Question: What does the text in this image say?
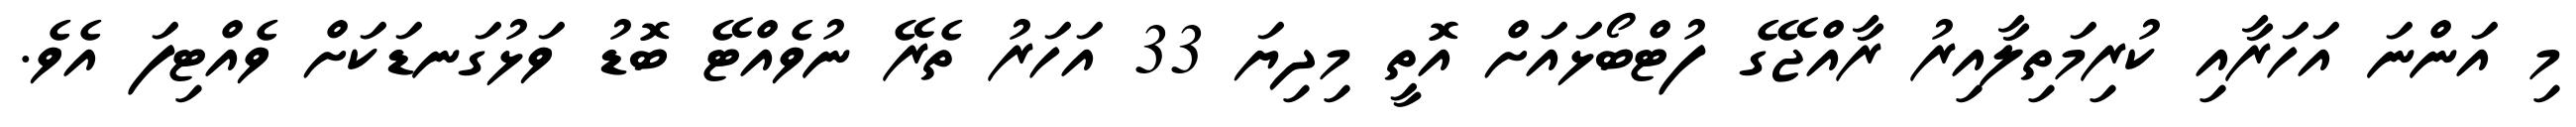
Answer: މި އަންނަ އަހަރާއި ކުރިމަތިލާއިރު ރާއްޖޭގެ ފުޓްބޯޅައަށް އޮތީ މިދިޔަ 33 އަހަރު ތެރޭ ނުވެއްޓޭ ބޮޑު ވަޅުގަނޑަކަށް ވެއްޓިފަ އެވެ.